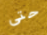
حتى